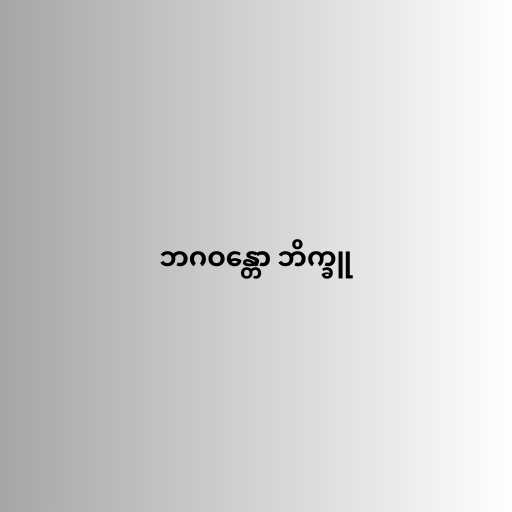
ဘဂဝန္တော ဘိက္ခူ